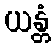
ယန္တံ